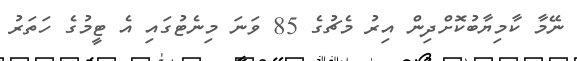
ނޭމާ ކާމިޔާބުކޮށްދިން އިރު މެޗުގެ 85 ވަނަ މިނެޓުގައި އެ ޓީމުގެ ހަތަރު